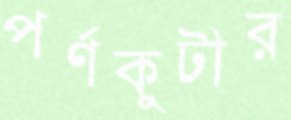
পর্ণকুটীর